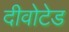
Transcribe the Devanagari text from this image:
दीवोटेड